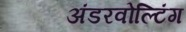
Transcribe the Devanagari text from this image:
अंडरवोल्टिंग